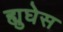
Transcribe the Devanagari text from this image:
ह्युघेस